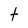
Character: t